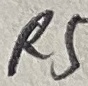
Text: R5